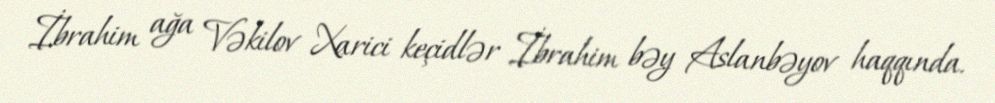
İbrahim ağa Vəkilov Xarici keçidlər İbrahim bəy Aslanbəyov haqqında.